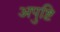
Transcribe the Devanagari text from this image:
अपुष्टि